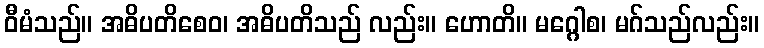
ဝီမံသည်။ အဓိပတိစေဝ၊ အဓိပတိသည် လည်း။ ဟောတိ။ မဂ္ဂေါစ၊ မဂ်သည်လည်း။